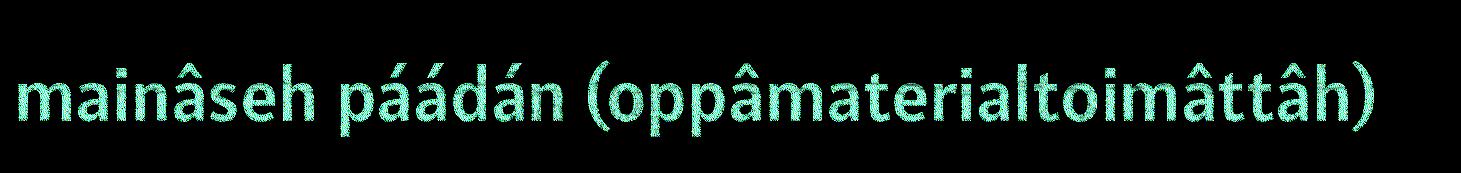
mainâseh páádán (oppâmaterialtoimâttâh)